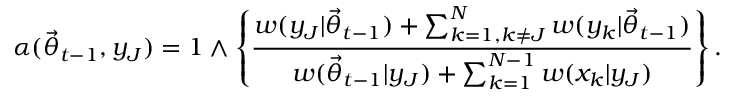
\alpha ( \ensuremath { \vec { \theta } } _ { t - 1 } , y _ { J } ) = 1 \wedge \left\{ \frac { w ( y _ { J } | \ensuremath { \vec { \theta } } _ { t - 1 } ) + \sum _ { k = 1 , k \neq J } ^ { N } w ( y _ { k } | \ensuremath { \vec { \theta } } _ { t - 1 } ) } { w ( \ensuremath { \vec { \theta } } _ { t - 1 } | y _ { J } ) + \sum _ { k = 1 } ^ { N - 1 } w ( x _ { k } | y _ { J } ) } \right\} .